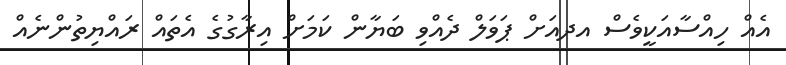
އެއް ހިއްސާއަކީވެސް އދއަށް ޕަވަލް ދެއްވި ބަޔާން ކަމަށް އިރާގުގެ އެތައް ރައްޔިތުންނެއް